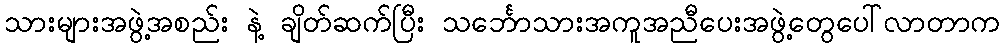
သားများအဖွဲ့အစည်း နဲ့ ချိတ်ဆက်ပြီး သင်္ဘောသားအကူအညီပေးအဖွဲ့တွေပေါ်လာတာက